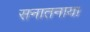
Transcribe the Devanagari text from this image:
सनातनाय।